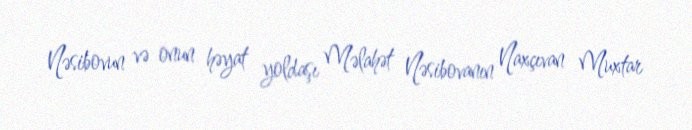
Nəsibovun və onun həyat yoldaşı Məlahət Nəsibovanın Naxçıvan Muxtar